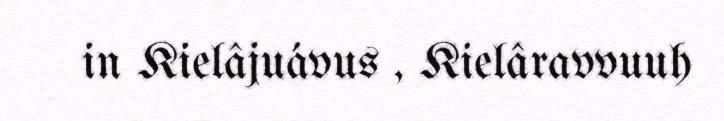
in Kielâjuávus , Kielâravvuuh